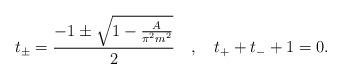
LaTeX: \begin{align*}t_{\pm}=\frac{-1\pm \sqrt{1-\frac{A}{\pi^2 m^2}}}{2} \quad, \quad t_{+}+t_{-}+1=0 .\end{align*}